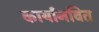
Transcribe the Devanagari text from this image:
कार्यानवित